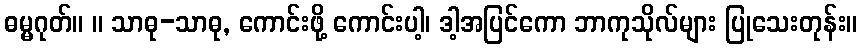
ဓမ္မဂုတ်။ ။ သာဓု-သာဓု, ကောင်းဖို့ ကောင်းပါ့၊ ဒါ့အပြင်ကော ဘာကုသိုလ်များ ပြုသေးတုန်း။